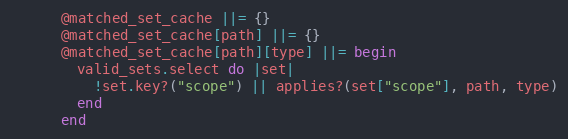
Language: Ruby
      @matched_set_cache ||= {}
      @matched_set_cache[path] ||= {}
      @matched_set_cache[path][type] ||= begin
        valid_sets.select do |set|
          !set.key?("scope") || applies?(set["scope"], path, type)
        end
      end